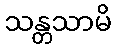
သန္တသာမိ